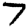
Digit: 7